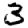
Digit: 3